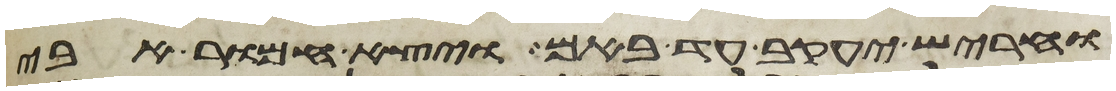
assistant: וחריש יעקב עד באם ויצא חמור אבי